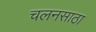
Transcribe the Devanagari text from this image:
चलनसाठा